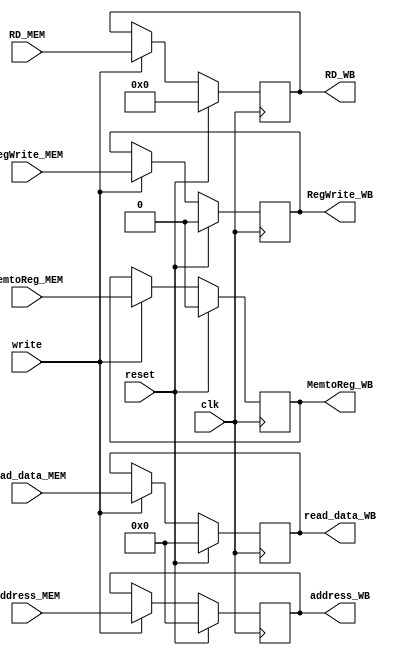
`timescale 1ns / 1ps
//////////////////////////////////////////////////////////////////////////////////
// Company: 
// Engineer: 
// 
// Design Name: 
// Module Name: MEM_WB
// Project Name: 
// Target Devices: 
// Tool Versions: 
// Description: 
// 
// Dependencies: 
// 
// Revision:
// Revision 0.01 - File Created
// Additional Comments:
// 
//////////////////////////////////////////////////////////////////////////////////


module MEM_WB(input clk,
              input reset,
              input write,
              
              input [31:0] read_data_MEM,
              input [31:0] address_MEM,
              input [4:0] RD_MEM,
              input RegWrite_MEM,
              input MemtoReg_MEM,
             
              output reg [31:0] read_data_WB,
              output reg [31:0] address_WB,
              output reg [4:0] RD_WB,
              output reg RegWrite_WB,
              output reg MemtoReg_WB);
    
     always@(posedge clk) begin
        if (reset) begin 
         read_data_WB <= 0;
         address_WB <= 0;
         RD_WB <= 0;
         RegWrite_WB <= 0;
         MemtoReg_WB <= 0;
        end 
        else begin 
           if (write)
           begin 
             read_data_WB <= read_data_MEM;
             address_WB <= address_MEM;
             RD_WB <= RD_MEM;
             RegWrite_WB <= RegWrite_MEM;
             MemtoReg_WB <= MemtoReg_MEM;
           end
        end 
     end         
endmodule